Lunatic asylums United Prov. 1922-30 - 1922-1930
Year: 1922
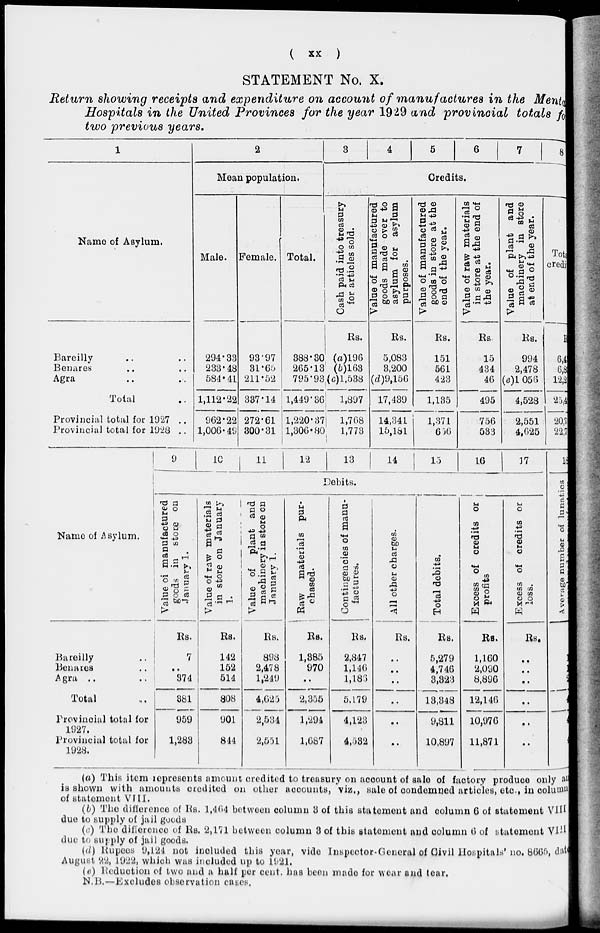
( xx )
STATEMENT No. X.
Return showing receipts and expenditure on account of manufactures in the Mental
Hospitals in the United Provinces for the year 1929 and provincial totals for
two previous years.
1
Name of Asylum.
Bareilly .. ..
Benares .. ..
Agra .. ..
Total ..
Provincial total for 1927 ..
Provincial total for 1928 ..
Name of Asylum.
Bareilly ..
Benares ..
Agra .. ..
Total ..
Provincial total for
1927.
Provincial total for
1928.
9
2
Mean population.
Male.
294.33
233.48
584.41
1,112.22
962.22
1,006.49
10
Female.
93.97
31.65
211.52
337.14
272.61
300.31
11
Total.
388.30
265.13
795.93
1,449.36
1,220.37
1,306.80
12
3
4
5
6
7
8
Credits.
Cash paid into treasury
for articles sold.
Rs.
(a)196
(b)163
(c)l,538
1,897
1,768
1,778
13
value of manufactured
goods made over to
asylum for asylum
purposes.
Rs.
5,083
3,200
(d)9,156
17,439
14,341
15,181
14
Value of manufactured
goods in store at the
end of the year.
Rs.
151
561
423
1,135
1,371
656
15
Value of raw materials
in store at the end of
the year.
Rs.
15
434
46
495
756
533
16
Value
of plant and
machinery in store
at end of the year.
Rs.
994
2,478
(e)1,056
4,528
2,551
4,625
17
Debits.
Value of manufactured
goods in store on
January 1.
Rs.
7
..
374
881
959
1,283
Value of raw materials
in store on January
1.
Rs.
142
152
514
808
901
844
Value of plant and
machinery in store on
January 1.
Rs.
898
2,478
1,249
4,625
2,534
2,551
Raw materials pur-
chased.
Rs.
1,385
970
..
2,355
1,294
1,687
Contingencies of manu-
factures.
Rs.
2,847
1,146
1,186
5,179
4,123
4,532
All other charges.
Rs.
..
..
..
..
..
..
Total debits.
Rs.
5,279
4,746
3,823
13,348
9,811
10,897
Excess of credits or
profits
Rs.
1,160
2,090
8,896
12,146
10,976
11,871
Excess of credits or
loss.
Rs.
..
..
..
..
..
..
Total
credits.
Rs.
6,4
6,8
12,2
25,4
20,7
22,7
18
Average
number of lunatics
1
1
2
4
4
4
(a) This item represents amount credited to treasury on account of sale of factory produce only an
is shown with amounts credited on other accounts, viz., sale of condemned articles, etc., in column
of statement VIII.
(b) The difference of Rs. 1,464 between column 3 of this statement and column 6 of statement VIII
due to supply of jail goods
(c) The difference of Rs. 2,171 between column 3 of this statement and column 6 of statement VIII
due to supply of jail goods.
(d) Rupees 9,121 not included this year, vide Inspector-General of Civil Hospitals' no. 8665, date
August 22, 1922, which was included up to 1921.
(e) Reduction of two and a half per cent. has been made for wear and tear.
N.B.—Excludes observation cases.